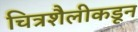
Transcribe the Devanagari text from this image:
चित्रशैलीकडून